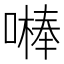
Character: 𠾴